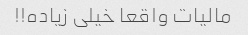
مالیات واقعا خیلی زیاده!!